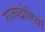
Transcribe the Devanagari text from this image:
राज्यद्रोहियों